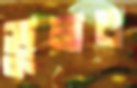
ভুলব